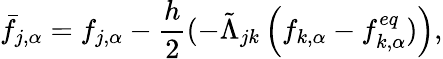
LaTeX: \bar{f}_{j,\alpha}=f_{j,\alpha}-\frac{h}{2}(-\tilde{\Lambda}_{jk}\left(f_{k,\alpha}-f_{k,\alpha}^{eq})\right),